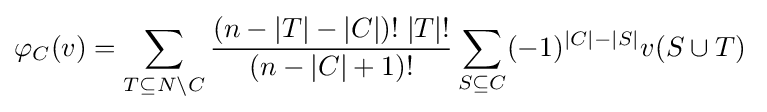
\varphi _{C}(v)=\sum _{T\subseteq N\setminus C}{\frac {(n-|T|-|C|)!\;|T|!}{(n-|C|+1)!}}\sum _{S\subseteq C}(-1)^{|C|-|S|}v(S\cup T)\;